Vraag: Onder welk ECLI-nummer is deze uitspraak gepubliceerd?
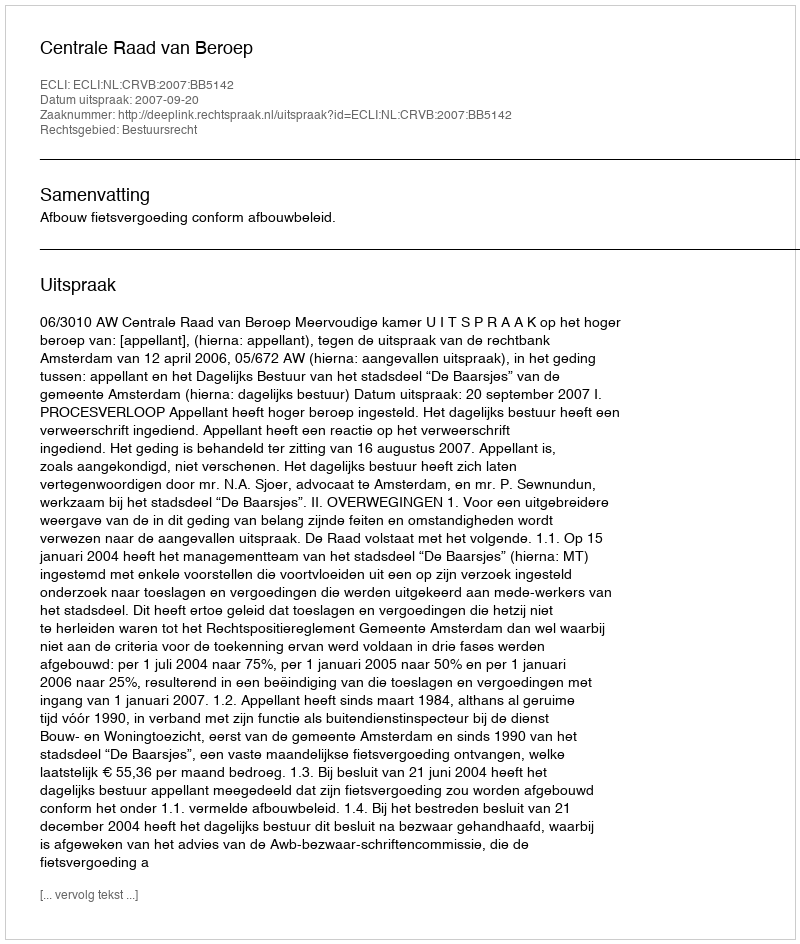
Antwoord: ECLI:NL:CRVB:2007:BB5142